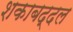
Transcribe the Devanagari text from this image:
शकाबद्दल